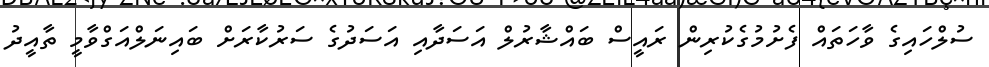
ސުލްހައިގެ ވާހަތައް ފެށުމުގެކުރިން ރައީސް ބައްޝާރުލް އަސަދާއި އަސަދުގެ ސަރުކާރަށް ބައިނަލްއަގްވާމީ ތާއީދު